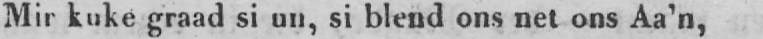
Mir kuke graad si un, si blend ons net ons Aa’n,